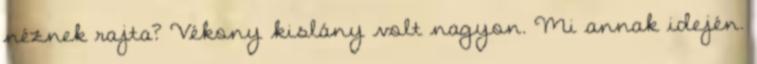
néznek rajta? Vékony kislány volt nagyon. Mi annak idején.